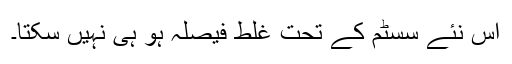
اس نئے سسٹم کے تحت غلط فیصلہ ہو ہی نہیں سکتا۔